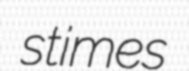
stimes